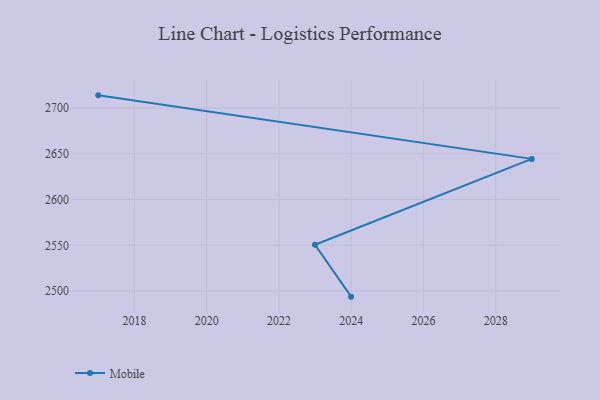
{"axis": {"x": "Year", "y": "Bounce Rate (%)"}, "legend": ["Mobile"], "data": [{"x": "2024", "y": 2493.9, "type": "Mobile"}, {"x": "2023", "y": 2550.6, "type": "Mobile"}, {"x": "2029", "y": 2644.4, "type": "Mobile"}, {"x": "2017", "y": 2713.8, "type": "Mobile"}]}